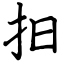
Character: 抇